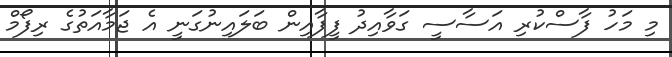
މި މަހު ފާސްކުރި އަސާސީ ގަވާއިދު ފީފާއިން ބަލައިނުގަނީ އެ ޖަމާއަތުގެ ރިފޯމް